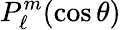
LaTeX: P_{\ell}^{m}(\cos\theta)